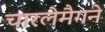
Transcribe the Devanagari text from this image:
चारलेमैगने